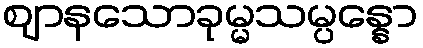
ဈာနသောခုမ္မသမ္ပန္နော